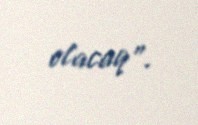
olacaq”.